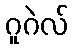
ဂူဂဲလ်